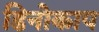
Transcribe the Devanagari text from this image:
डिनोकाप